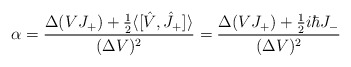
\begin{align*} \alpha=\frac{\Delta(VJ_+)+ \frac{1}{2}\langle[\hat{V},\hat{J}_+]\rangle}{(\Delta V)^2} =\frac{\Delta(VJ_+)+\frac{1}{2}i\hbar J_-}{(\Delta V)^2}\end{align*}